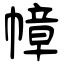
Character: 幛